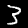
Label: 3